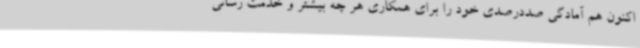
اکنون هم آمادگی صددرصدی خود را برای همکاری هر چه بیشتر و خدمت رسانی